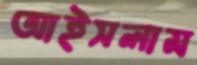
আইসলাম